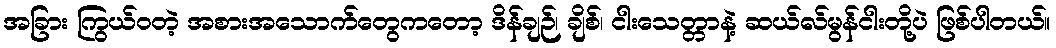
အခြား ကြွယ်ဝတဲ့ အစားအသောက်တွေကတော့ ဒိန်ချဉ်၊ ချိစ်၊ ငါးသေတ္တာနဲ့ ဆယ်လ်မွန်ငါးတို့ပဲ ဖြစ်ပါတယ်။